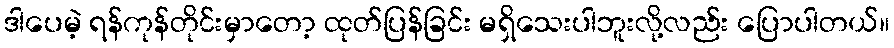
ဒါပေမဲ့ ရန်ကုန်တိုင်းမှာတော့ ထုတ်ပြန်ခြင်း မရှိသေးပါဘူးလို့လည်း ပြောပါတယ်။